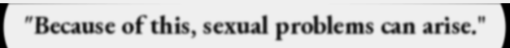
"Because of this, sexual problems can arise."